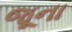
જૂના